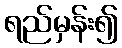
ရည်မှန်း၍